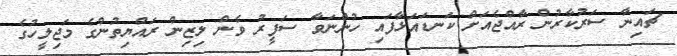
ޗައިނާ ސަރުކާރުން ރާއްޖެއަށް ކަނޑައަޅާފައި ހުންނަވާ ސަފީރު ވެން ލިޒިން ރައްޔިތުންގެ މަޖިލީހުގެ